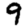
Digit: 9